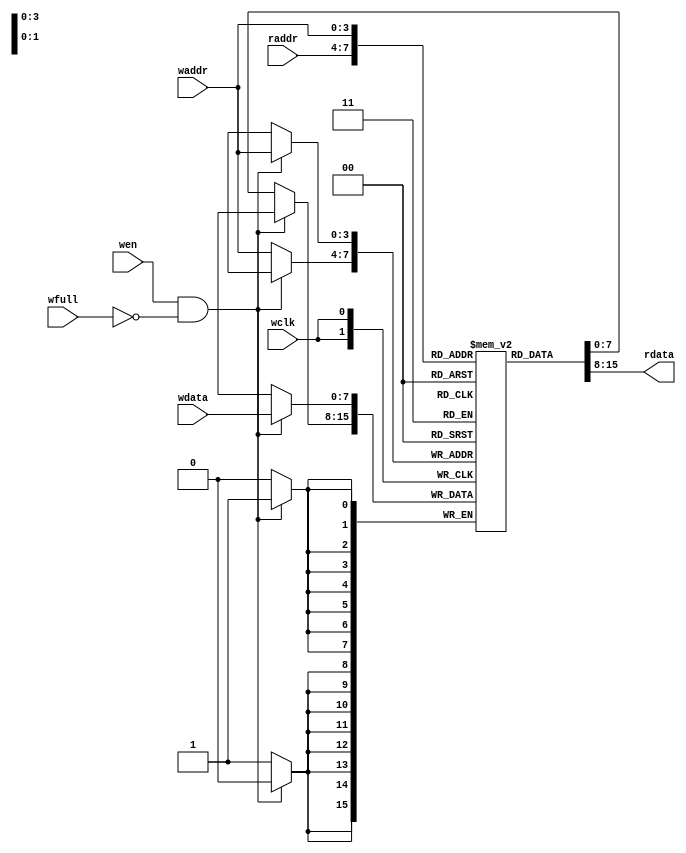
module FIFOmem #( parameter DATASIZE = 8,
				  parameter ADDRSIZE = 4)
(
	output [DATASIZE - 1 : 0] rdata,
	input [DATASIZE - 1 : 0] wdata,
	input wen,
	input [ADDRSIZE - 1 : 0] waddr,
	input wclk,wfull,
	input [ADDRSIZE - 1 : 0] raddr 
);
	`ifdef VENDORRAM    // instantiation of a vendor's dual-port RAM    
		vendor_ram mem (	.dout(rdata), 
							.din(wdata),                    
							.waddr(waddr), 
							.raddr(raddr), 
							.wclken(wclken), 
							.wclken_n(wfull), 
							.clk(wclk));  
	`else
		localparam DEPTH = 1 << (ADDRSIZE);
		reg [DATASIZE - 1 : 0] mem [0 : DEPTH - 1];
		assign rdata = mem[raddr];
		always @(posedge wclk )begin
			if(wen && !wfull)
				mem[waddr] <= wdata;
			else
				mem[waddr] <= mem[waddr];
		end
	`endif






endmodule